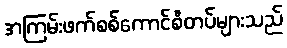
အကြမ်းဖက်စစ်ကောင်စီတပ်များသည်